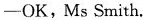
—OK,Ms Smith.